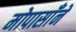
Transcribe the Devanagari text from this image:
मोपासाँने